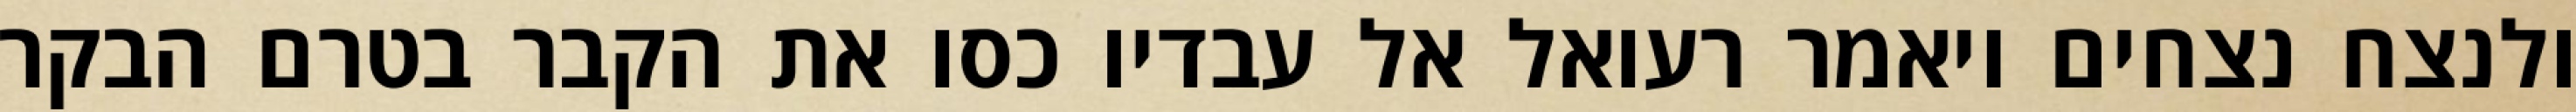
ולנצח נצחים ויאמר רעואל אל עבדיו כסו את הקבר בטרם הבקר